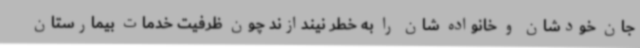
جان خودشان و خانواده شان را به خطر نیندازند چون ظرفیت خدمات بیمارستان